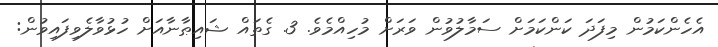
އެހެންކަމުން މިފަދަ ކަންކަމަށް ސަމާލުވުން ވަރަށް މުހިއްމެވެ. 3. ގެތައް ޝައިޠާނާއަށް ހުޅުވާލެވިފައިވުން: